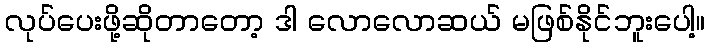
လုပ်ပေးဖို့ဆိုတာတော့ ဒါ လောလောဆယ် မဖြစ်နိုင်ဘူးပေါ့။